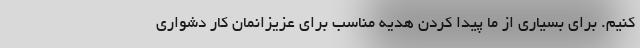
کنیم. برای بسیاری از ما پیدا کردن هدیه مناسب برای عزیزانمان کار دشواری